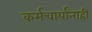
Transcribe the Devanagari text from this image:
कर्मचार्यांनाही